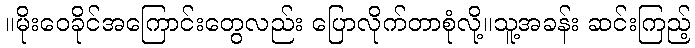
။မိုးဝေခိုင်အကြောင်းတွေလည်း ပြောလိုက်တာစုံလို့။သူ့အခန်း ဆင်းကြည့်